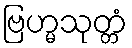
ဗြဟ္မသုတ္တံ